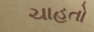
ચાહતો